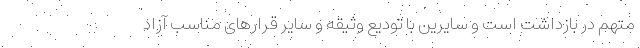
متهم در بازداشت است و سایرین با تودیع وثیقه و سایر قرارهای مناسب آزاد